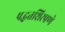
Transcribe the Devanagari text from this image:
पद्धतशिरपणे